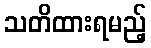
သတိထားရမည့်